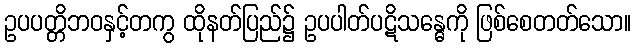
ဥပပတ္တိဘဝနှင့်တကွ ထိုနတ်ပြည်၌ ဥပပါတ်ပဋိသန္ဓေကို ဖြစ်စေတတ်သော။